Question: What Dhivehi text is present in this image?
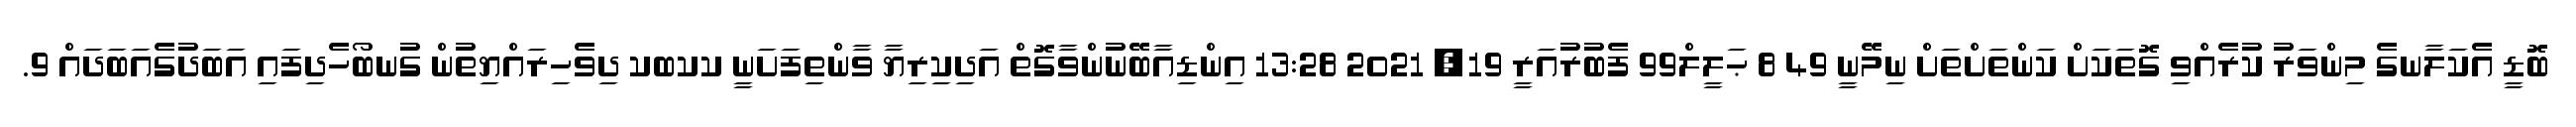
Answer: ބޮޑީ އެކަލާނގެ މިންވަރު ކުރެއްވި ގޮތަކަށް ކަންތަށްތަށް ނިމޭނީ 49 8 ޙަލީލް99 ފެބުރުއަރީ 19, 2021 13:28 އިންޑިއާބޭނުންވާގޮތް އަދިކިރިޔާ ވާންތިފަށަނީ ކކބކ ދިވެހިރައްޔިތުން ގުނބޯހެދިފައި އަބަދުގެއަބަދައް 9.